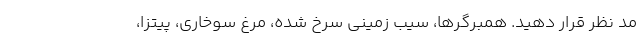
مد نظر قرار دهید. همبرگرها، سیب زمینی سرخ شده، مرغ سوخاری، پیتزا،